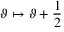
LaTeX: \vartheta \mapsto \vartheta + \frac { \textstyle 1 } { \textstyle 2 } \,